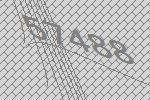
57488